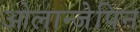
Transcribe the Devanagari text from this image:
ओलान्जेपिन